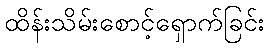
ထိန်းသိမ်းစောင့်ရှောက်ခြင်း